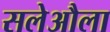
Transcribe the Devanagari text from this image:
सलेऔला